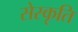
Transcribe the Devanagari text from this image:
सेस्कृति